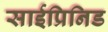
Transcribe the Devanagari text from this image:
साईप्रिनिड